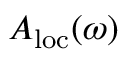
A _ { \mathrm { l o c } } ( \omega )